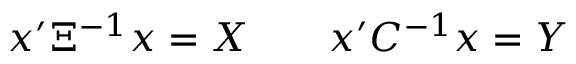
x ^ { \prime } \Xi ^ { - 1 } x = X \qquad x ^ { \prime } C ^ { - 1 } x = Y